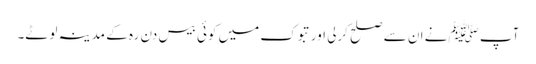
آپ ﷺنے ان سے صلح کرلی اور تبوک میں کوئی بیس دن رہ کے مدینہ لوٹے۔